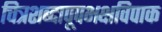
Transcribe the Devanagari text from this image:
चित्रशब्दापूपभक्षविपाक